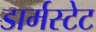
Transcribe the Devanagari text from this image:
डार्मस्टेट